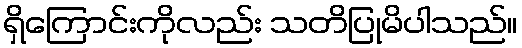
ရှိကြောင်းကိုလည်း သတိပြုမိပါသည်။